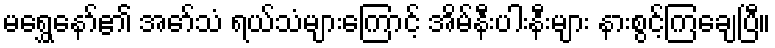
မရွှေနော်၏ အော်သံ ရယ်သံများကြောင့် အိမ်နီးပါးနီးများ နားစွင့်ကြချေပြီ။